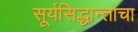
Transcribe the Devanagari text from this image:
सूर्यसिद्धान्ताचा